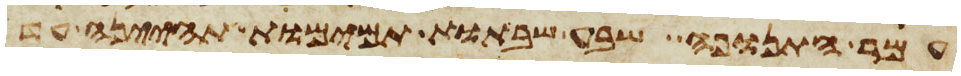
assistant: עמר התנופה שבע שבתות תמימות תהיינה עד